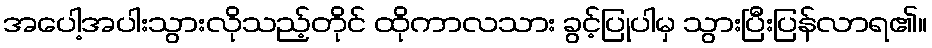
အပေါ့အပါးသွားလိုသည့်တိုင် ထိုကာလသား ခွင့်ပြုပါမှ သွားပြီးပြန်လာရ၏။